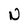
Character: N